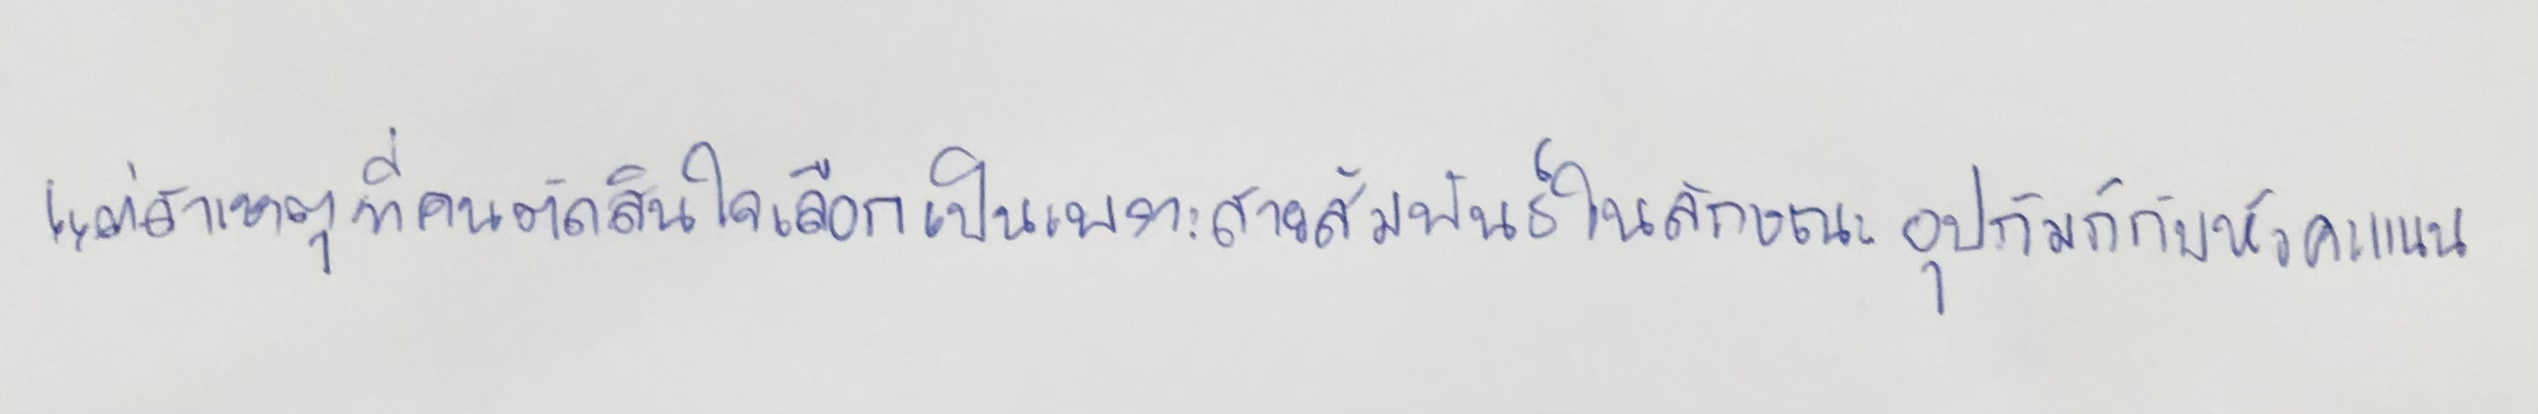
แต่สาเหตุที่คนตัดสินใจเลือกเป็นเพราะสายสัมพันธ์ในลักษณะอุปถัมภ์กับหัวคะแนน